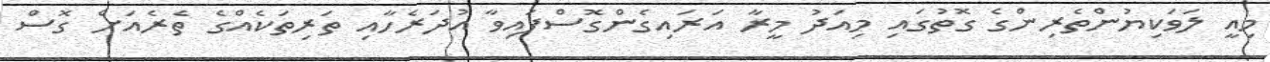
މިއީ ލަވަކިޔުންތެރިންގެ ގޮތުގައި މިއަދު މީރާ އަރައިގެންގޮސްފައިވާ އުދަރެހާއި ތަރިތަކެއްގެ ތެރެއަށް ގޮސް